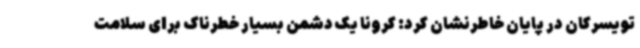
تویسرکان در پایان خاطرنشان کرد: کرونا یک دشمن بسیار خطرناک برای سلامت